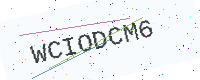
Text: WCIODCM6